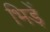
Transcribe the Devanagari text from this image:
भिड़ें